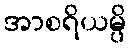
အာစရိယမ္ပိ